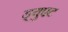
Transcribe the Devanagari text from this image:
ड्युएट